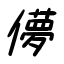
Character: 儚